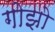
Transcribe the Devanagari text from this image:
गोझो